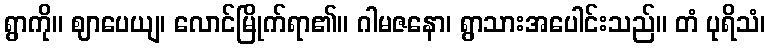
ရွာကို။ ဈာပေယျ၊ လောင်မြိုက်ရာ၏။ ဂါမဇနော၊ ရွာသားအပေါင်းသည်။ တံ ပုရိသံ၊